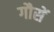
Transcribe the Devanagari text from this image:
गौसें